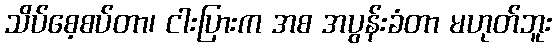
သိပ်စေ့စပ်တာ၊ ငါးပြားက အစ အပွန်းခံတာ မဟုတ်ဘူး